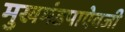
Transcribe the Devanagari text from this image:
मुखमंडपाऐवजी